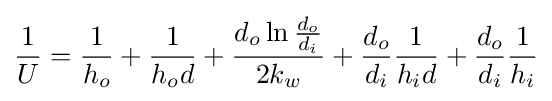
{\frac {1}{U}}={\frac {1}{h_{o}}}+{\frac {1}{h_{o}d}}+{\frac {d_{o}\ln {\frac {d_{o}}{d_{i}}}}{2k_{w}}}+{\frac {d_{o}}{d_{i}}}{\frac {1}{h_{i}d}}+{\frac {d_{o}}{d_{i}}}{\frac {1}{h_{i}}}